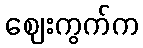
ဈေးကွက်က